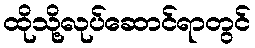
ထိုသို့လုပ်ဆောင်ရာတွင်